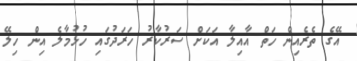
އޭގެ ތެރެއިން ހަތް އާއިލާ އަކަށް ސަރުކާރު ހަރަދުގައި ހުޅުމާލެ އިން ހިލޭ